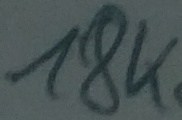
Text: 18K